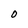
Character: 0